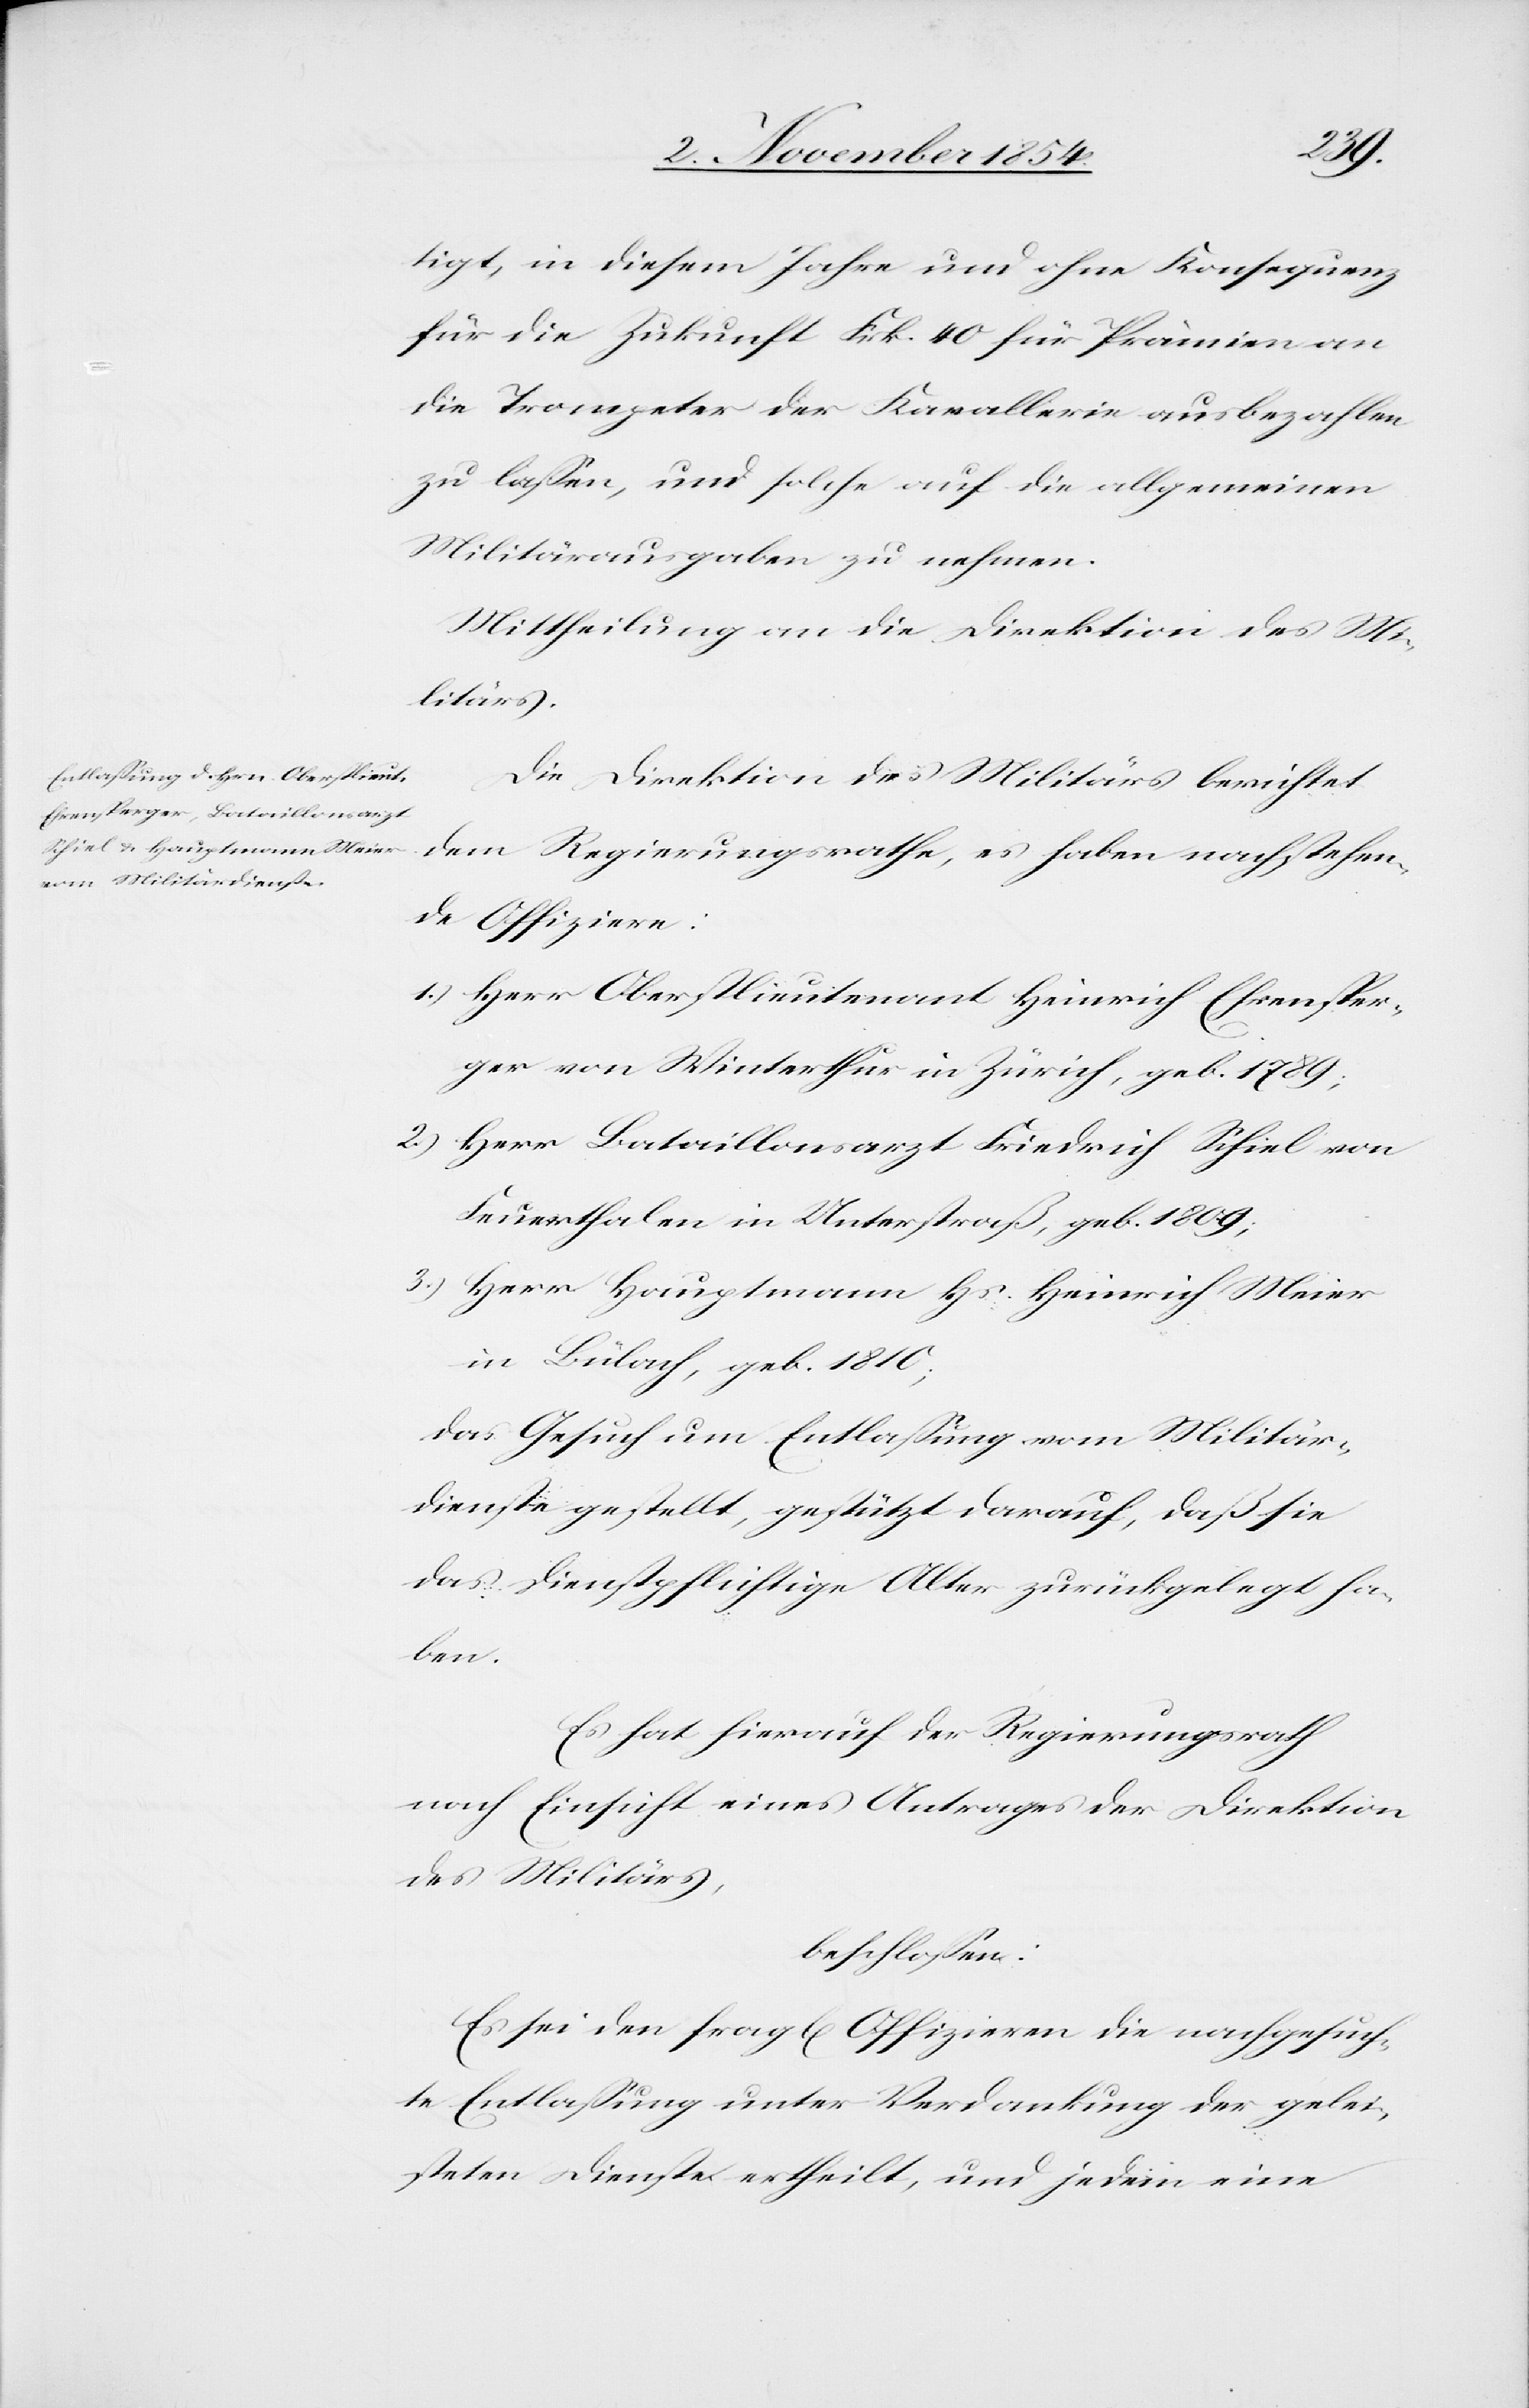
tigt, in diesem Jahre und ohne Konsequenz
für die Zukunft Frk. 40 für Prämien an
die Trompeter der Kavallerie ausbezahlen
zu laßen, und solche auf die allgemeinen
Militärausgaben zu nehmen.
Mittheilung an die Direktion des Mi¬
litärs.
Die Direktion des Militärs berichtet
dem Regierungsrathe, es haben nachstehen¬
de Offiziere:
1.) Herr Oberstlieutenant Heinrich Ehrensper¬
ger von Winterthur in Zürich, geb. 1789;
2.) Herr Bataillonsarzt Friedrich Schiel von
Feuerthalen in Unterstraß, geb. 1809;
3.) Herr Hauptmann Hs. Heinrich Meier
in Bülach, geb. 1810;
das Gesuch um Entlaßung vom Militär¬
dienste gestellt, gestützt darauf, daß sie
das dienstpflichtige Alter zurückgelegt ha¬
ben.
Es hat hierauf der Regierungsrath
nach Einsicht eines Antrages der Direktion
des Militärs,
beschloßen:
Es sei den fragl[en] Offizieren die nachgesuch¬
te Entlaßung unter Verdankung der gelei¬
steten Dienste ertheilt, und jedem eine